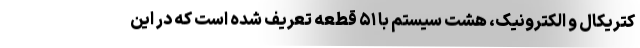
کتریکال و الکترونیک، هشت سیستم با ۵۱ قطعه تعریف شده است که در این